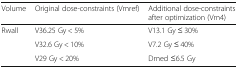
<table><thead><tr><td><b>Volume</b></td><td><b>Original dose-constraints (Vmref)</b></td><td><b>Additional dose-constraints after optimization (Vm4)</b></td></tr></thead><tbody><tr><td>Rwall</td><td>V36.25 Gy &lt; 5%</td><td>V13.1 Gy ≤ 30%</td></tr><tr><td></td><td>V32.6 Gy &lt; 10%</td><td>V7.2 Gy ≤ 40%</td></tr><tr><td></td><td>V29 Gy &lt; 20%</td><td>Dmed ≤6.5 Gy</td></tr></tbody></table>